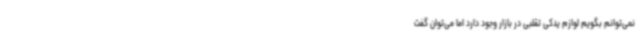
نمی‌توانم بگویم لوازم یدکی تقلبی در بازار وجود دارد اما می‌توان گفت